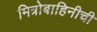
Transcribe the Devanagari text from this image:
मित्रोबाहिनीची